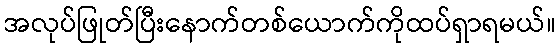
အလုပ်ဖြုတ်ပြီးနောက်တစ်ယောက်ကိုထပ်ရှာရမယ်။